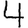
Digit: 4